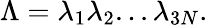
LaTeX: \Lambda=\lambda_{1}\lambda_{2}...\lambda_{3N}.